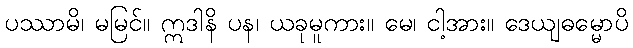
ပဿာမိ၊ မမြင်။ ဣဒါနိ ပန၊ ယခုမူကား။ မေ၊ ငါ့အား။ ဒေယျဓမ္မောပိ